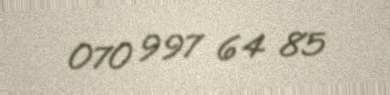
070 997 64 85